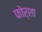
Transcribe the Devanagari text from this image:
फोर्शा